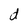
Character: d